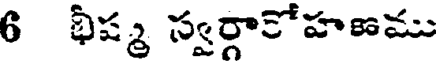
6 భీష్మ స్వర్గాకోహణము